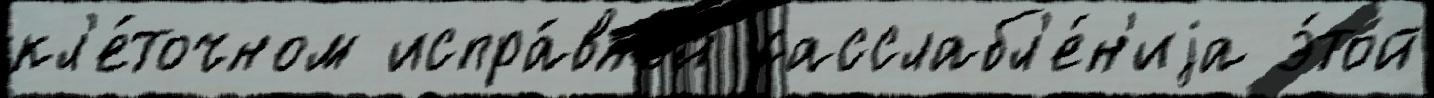
кл'е́точном испра́вной расслабл'е́н'иjа э́той